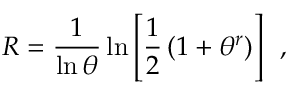
R = \frac { 1 } { \ln \theta } \ln \left[ \frac { 1 } { 2 } \left( 1 + \theta ^ { r } \right) \right] \, \, \, ,